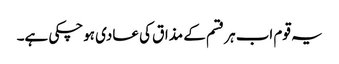
یہ قوم اب ہر قسم کے مذاق کی عادی ہوچکی ہے۔